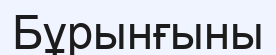
Бұрынғыны